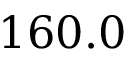
1 6 0 . 0